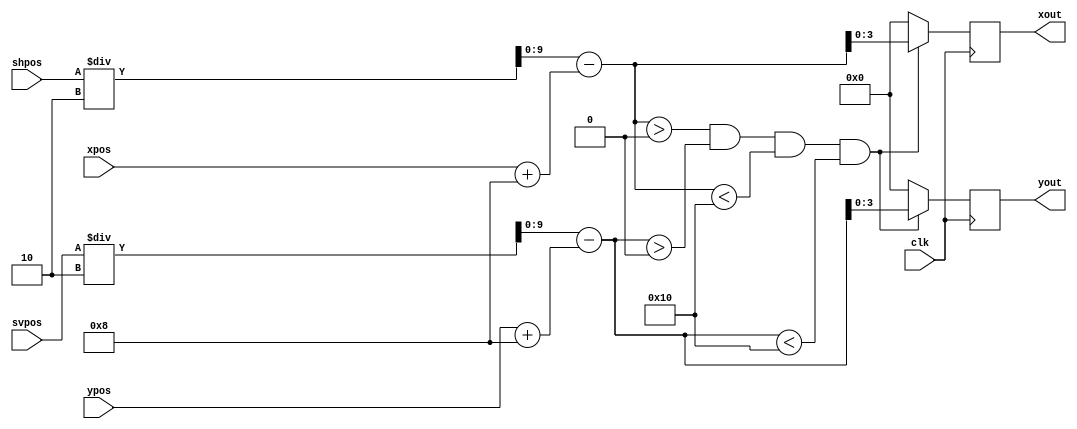


module AnimatedSprite(clk, shpos, svpos, 
                      xpos, ypos, 
                      yout, xout);
  
  parameter FRAME_LEN = 2;
  parameter FRAME_TIME = 30;
  
  parameter SPRITE_SIZE = 16;
  
  parameter PRIMARY_COLOR = 1;
  
  input clk;
  input [9:0] shpos;
  input [9:0] svpos;
  
  input [9:0] xpos;
  input [9:0] ypos;
  
  output reg [3:0] yout;
  output reg [3:0] xout;
  
  reg [7:0] frameCounter = 0;
  
  wire signed [9:0] deltaX = shpos / 2 - (xpos + SPRITE_SIZE/2);
  wire signed [9:0] deltaY = svpos / 2 - (ypos + SPRITE_SIZE/2);
  
  always @(posedge clk) begin
    if (deltaX > 0 && deltaY > 0 && deltaX < SPRITE_SIZE && deltaY < SPRITE_SIZE) begin
      yout <= deltaY[3:0];
      xout <= deltaX[3:0];
    end else begin
      yout <= 0;
      xout <= 0;
    end
  end
  
endmodule